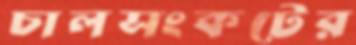
চালসংকটের